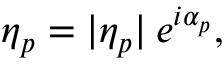
\eta _ { p } = | \eta _ { p } | \: e ^ { i \alpha _ { p } } ,